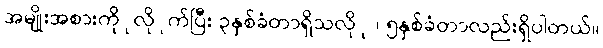
အမျိုးအစားကိုုလိုုက်ပြီး ၃နှစ်ခံတာရှိသလိုု ၊ ၅နှစ်ခံတာလည်းရှိပါတယ်။